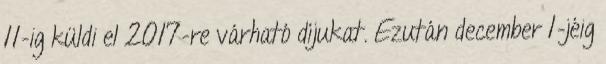
11-ig küldi el 2017-re várható díjukat. Ezután december 1-jéig